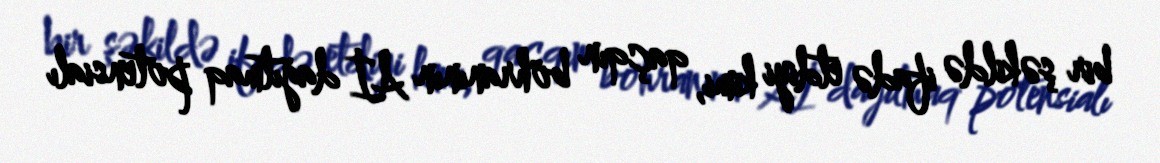
bir şəkildə ifadə etdiyi kimi, qaçqın böhranının Aİ dağıtmaq potensialı